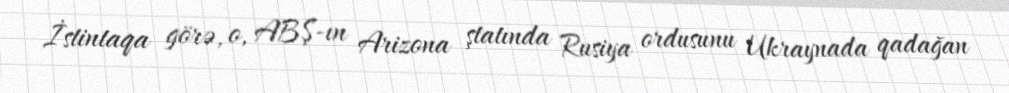
İstintaqa görə, o, ABŞ-ın Arizona ştatında Rusiya ordusunu Ukraynada qadağan